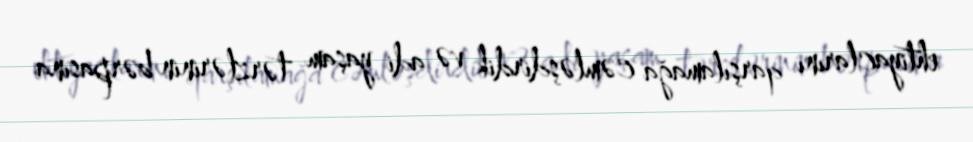
ehtiyaclarını qarşılamağa cəmləşdirdik və adi yaşam tərzlərinin bərpasına